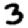
Digit: 3